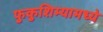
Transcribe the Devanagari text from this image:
फुकुशिम्यामध्ये